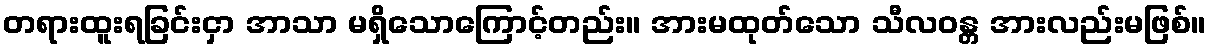
တရားထူးရခြင်းငှာ အာသာ မရှိသောကြောင့်တည်း။ အားမထုတ်သော သီလဝန္တ အားလည်းမဖြစ်။